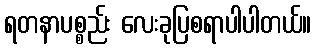
ရတနာပစ္စည်း လေးခုပြစရာပါပါတယ်။